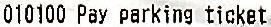
010100 PAY PARKING TICKET